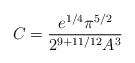
\begin{align*}C = \frac{e^{1/4}\pi^{5/2}}{2^{9+11/12}A^{3}}\end{align*}